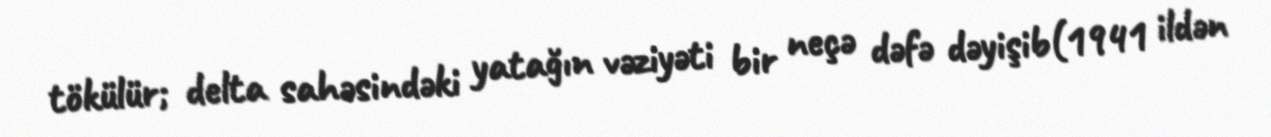
tökülür; delta sahəsindəki yatağın vəziyəti bir neçə dəfə dəyişib(1941 ildən